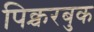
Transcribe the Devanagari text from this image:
पिक्चरबुक